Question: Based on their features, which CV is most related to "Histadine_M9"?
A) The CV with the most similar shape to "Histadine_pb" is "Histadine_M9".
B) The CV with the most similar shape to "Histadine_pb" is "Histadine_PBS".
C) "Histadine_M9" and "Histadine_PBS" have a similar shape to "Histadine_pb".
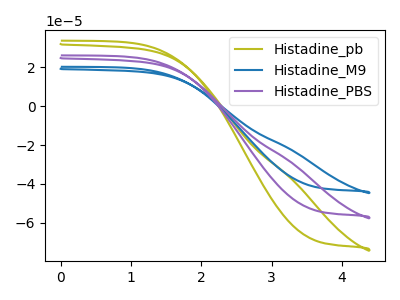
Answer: <think>The olive curve "Histadine_pb" has no peaks. The blue curve "Histadine_M9" has no peaks. The purple curve "Histadine_PBS" has no peaks.
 Neither "Histadine_pb" or "Histadine_M9" have any peaks. Neither "Histadine_pb" or "Histadine_PBS" have any peaks. Neither "Histadine_M9" or "Histadine_PBS" have any peaks.</think>
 <answer>C) "Histadine_M9" and "Histadine_PBS" have a similar shape to "Histadine_pb".</answer>
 <eval>C</eval>